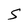
Character: S